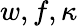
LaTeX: w,f,\kappa